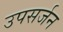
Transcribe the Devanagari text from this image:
उपसर्जन